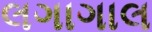
લગાગાલ